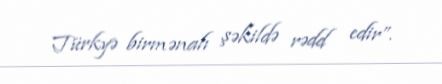
Türkyə birmənalı şəkildə rədd edir”.